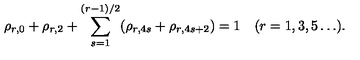
\rho _ { r , 0 } + \rho _ { r , 2 } + \sum _ { s = 1 } ^ { ( r - 1 ) / 2 } ( \rho _ { r , 4 s } + \rho _ { r , 4 s + 2 } ) = 1 \quad ( r = 1 , 3 , 5 \ldots ) .